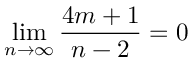
\operatorname* { l i m } _ { n \to \infty } { \frac { 4 m + 1 } { n - 2 } } = 0